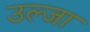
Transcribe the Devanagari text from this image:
उल्जा